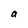
Character: a